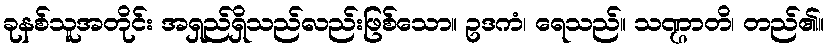
ခုနစ်သူအတိုင်း အရှည်ရှိသည်လည်းဖြစ်သော။ ဥဒကံ၊ ရေသည်။ သဏ္ဌာတိ၊ တည်၏။